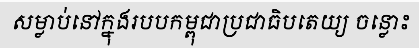
សម្លាប់នៅក្នុងរបបកម្ពុជាប្រជាធិបតេយ្យ ចន្លោះ